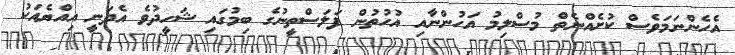
އެހެންނަމަވެސް ކުށެއްނެތް މުސްލިމު އަހުންނާއި އުހުތުން ފަލަސްތީނުގެ ބިމުގައި ޝަހީދުވެ އެދަނީ އިއްޔެއަކު